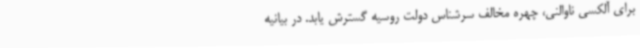
برای آلکسی ناوالنی، چهره مخالف سرشناس دولت روسیه گسترش یابد. در بیانیه